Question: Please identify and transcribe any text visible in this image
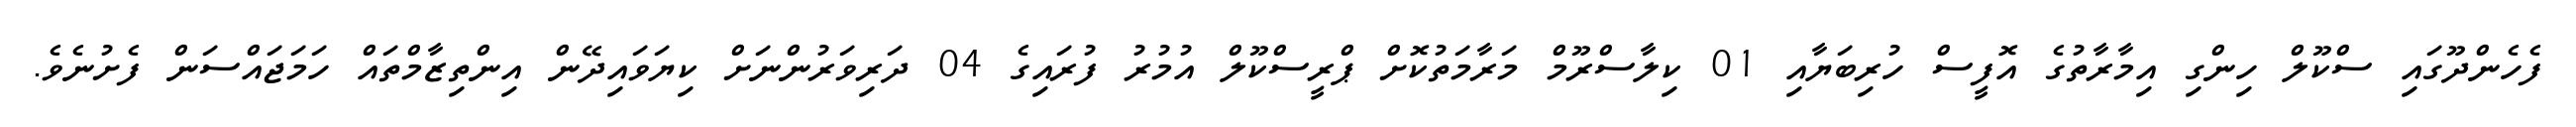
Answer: ފެހެންދޫގައި ސްކޫލް ހިންގި އިމާރާތުގެ އޮފީސް ހުރިބަޔާއި 01 ކިލާސްރޫމް މަރާމަތުކޮށް ޕްރީސްކޫލް އުމުރު ފުރައިގެ 04 ދަރިވަރުންނަށް ކިޔަވައިދޭން އިންތިޒާމްތައް ހަމަޖައްސަން ފެށުނެވެ.